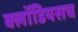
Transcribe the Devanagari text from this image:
क्लॉडियसच